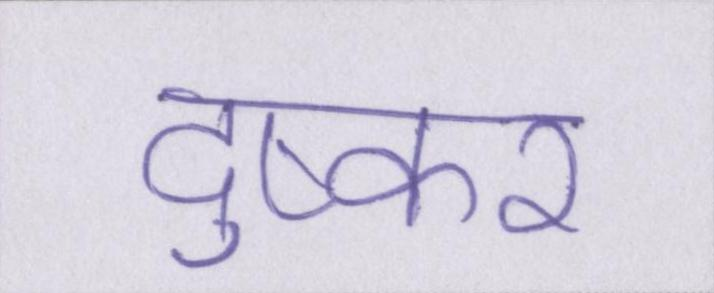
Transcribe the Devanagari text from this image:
दुष्कर